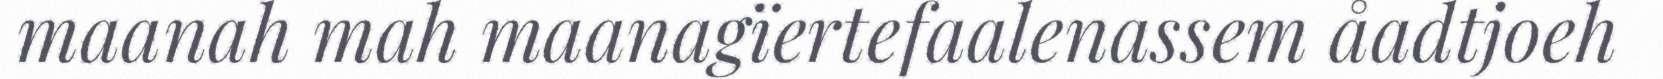
maanah mah maanagïertefaalenassem åadtjoeh